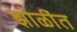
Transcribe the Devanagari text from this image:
झोळींत